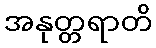
အနုတ္တရာတိ